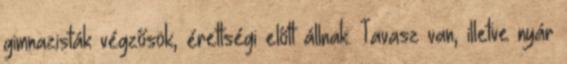
gimnazisták végzősök, érettségi előtt állnak. Tavasz van, illetve nyár